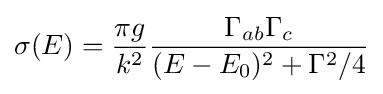
\sigma (E)={\frac {\pi g}{k^{2}}}{\frac {\Gamma _{ab}\Gamma _{c}}{(E-E_{0})^{2}+\Gamma ^{2}/4}}